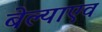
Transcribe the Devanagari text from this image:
बेल्याएव